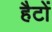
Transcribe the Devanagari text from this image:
हैटों